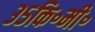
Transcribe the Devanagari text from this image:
३५कि॰मी॰